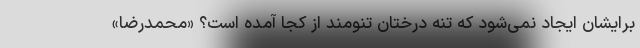
برایشان ایجاد نمی‌شود که تنه درختان تنومند از کجا آمده است؟ «محمدرضا»